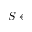
S \gets